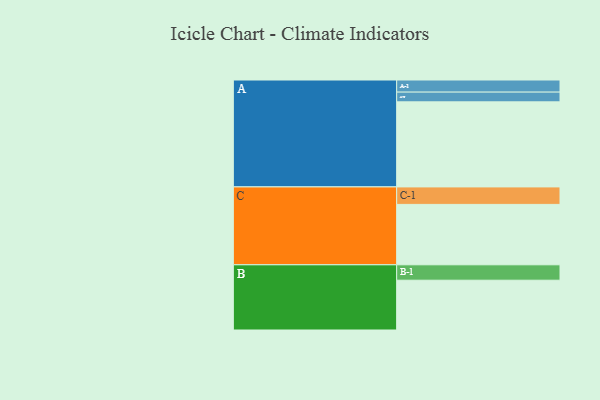
{"axis": {"x": "Segment", "y": "Value"}, "legend": ["", "A", "B", "C"], "data": [{"x": "A", "y": 569, "type": ""}, {"x": "B", "y": 333, "type": ""}, {"x": "C", "y": 404, "type": ""}, {"x": "A-1", "y": 81, "type": "A"}, {"x": "A-2", "y": 65, "type": "A"}, {"x": "B-1", "y": 103, "type": "B"}, {"x": "C-1", "y": 117, "type": "C"}]}